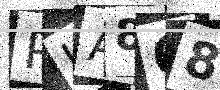
Text: PLA868